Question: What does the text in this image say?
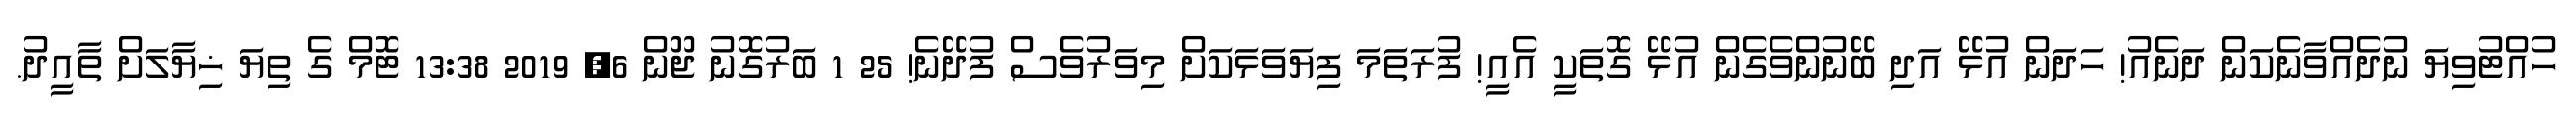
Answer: ހުއްޓުވިޔަ ނުދެއްވާނެކަން ދަނެއު! ހަދަން އުޅޭ އަދި ބޭނުންވެގެން އުޅޭ ގޮތަކީ އެއީ! ފުރަތަމަ ފިޔަވަޅަކަށް މިވަރުވެސް ފުދޭނެ! 25 1 ބަރުގޮނު ޖޫން 6, 2019 13:38 ޓޮމް ގެ ތިޔަ ޚިޔާލަށް ތާއީދު.